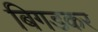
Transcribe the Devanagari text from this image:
बिगडकर